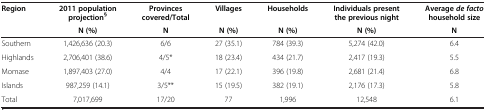
<table><thead><tr><td><b>Region</b></td><td><b>2011 population projection<sup>§</sup></b></td><td><b>Provinces covered/Total</b></td><td><b>Villages</b></td><td><b>Households</b></td><td><b>Individuals present the previous night</b></td><td><b>Average <i>de facto </i>household size</b></td></tr><tr><td>[EMPTY_CELL]</td><td><b>N (%)</b></td><td><b>N</b></td><td><b>N (%)</b></td><td><b>N (%)</b></td><td><b>N (%)</b></td><td><b>N</b></td></tr></thead><tbody><tr><td>Southern</td><td>1,426,636 (20.3)</td><td>6/6</td><td>27 (35.1)</td><td>784 (39.3)</td><td>5,274 (42.0)</td><td>6.4</td></tr><tr><td>Highlands</td><td>2,706,401 (38.6)</td><td>4/5*</td><td>18 (23.4)</td><td>434 (21.7)</td><td>2,417 (19.3)</td><td>5.5</td></tr><tr><td>Momase</td><td>1,897,403 (27.0)</td><td>4/4</td><td>17 (22.1)</td><td>396 (19.8)</td><td>2,681 (21.4)</td><td>6.8</td></tr><tr><td>Islands</td><td>987,259 (14.1)</td><td>3/5**</td><td>15 (19.5)</td><td>382 (19.1)</td><td>2,176 (17.3)</td><td>5.8</td></tr><tr><td>Total</td><td>7,017,699</td><td>17/20</td><td>77</td><td>1,996</td><td>12,548</td><td>6.1</td></tr></tbody></table>